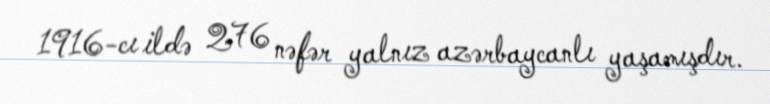
1916-cı ildə 276 nəfər yalnız azərbaycanlı yaşamışdır.